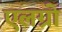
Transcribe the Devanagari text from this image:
एलग्रो